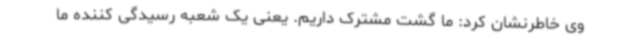
وی خاطرنشان کرد: ما گشت مشترک داریم. یعنی یک شعبه رسیدگی کننده ما